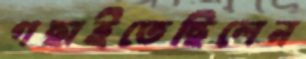
গছাইতেছিলেন